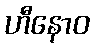
ဟီနောဝ